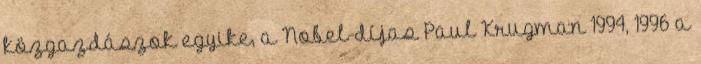
közgazdászok egyike, a Nobel-díjas Paul Krugman 1994, 1996 a